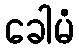
ခေါမံ